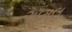
અમલ